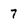
Character: 7